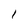
Character: 1